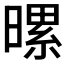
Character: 𪱀